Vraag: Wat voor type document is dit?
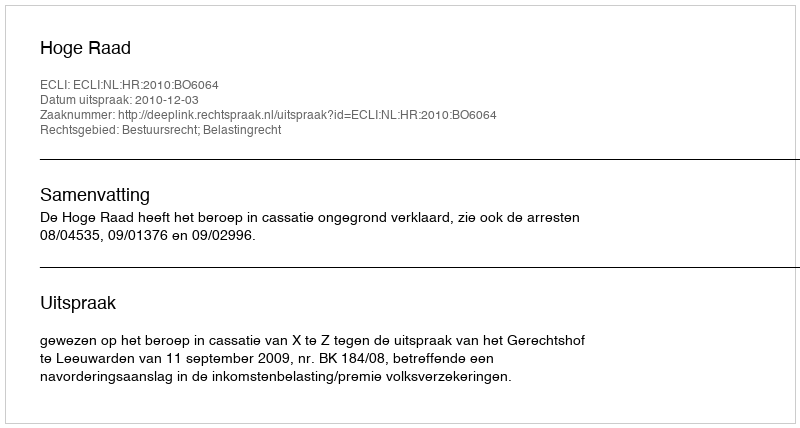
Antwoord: Uitspraak